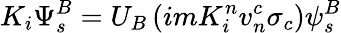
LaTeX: K_{i}\Psi_{s}^{B}=U_{B}\left(imK_{i}^{n}v_{n}^{c}\sigma_{c}\right)\psi_{s}^{B}